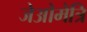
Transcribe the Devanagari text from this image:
जेओमेत्रि